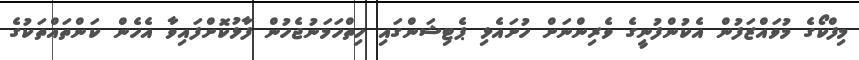
މިފްކޯގެ މުވައްޒަފުން އެކުންފުނީގެ ވެރިންނަށް ހުށައެޅި ޕެޓިޝަންގައި ހިތްހަމަނުޖެހުން ފާޅުކޮށްފައިވާ އެހެން ކަންތައްތަކުގެ